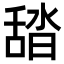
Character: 𦧟